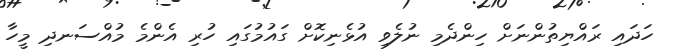
ހަދައި ރައްޔިތުންނަށް ހިންދެމި ނުލެވި އުޅެނިކޮށް ގައުމުގައި ހުރި އެންމެ މުއްސަނދި މީހާ